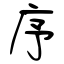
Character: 序